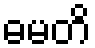
ဓမတိ